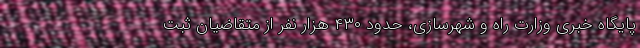
پایگاه خبری وزارت راه و شهرسازی، حدود ۴۳۰ هزار نفر از متقاضیان ثبت